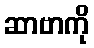
ဆာဗာကို